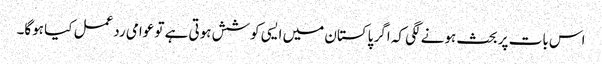
اس بات پر بحث ہونے لگی کہ اگر پاکستان میں ایسی کوشش ہوتی ہے تو عوامی ردعمل کیا ہوگا۔